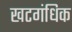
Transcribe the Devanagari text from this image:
खटगंधिक